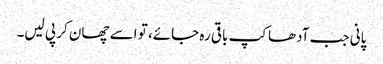
پانی جب آدھاکپ باقی رہ جائے، تو اسے چھان کر پی لیں۔